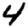
Digit: 4